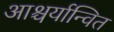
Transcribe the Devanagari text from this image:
आश्चर्यान्वित